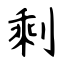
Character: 剩